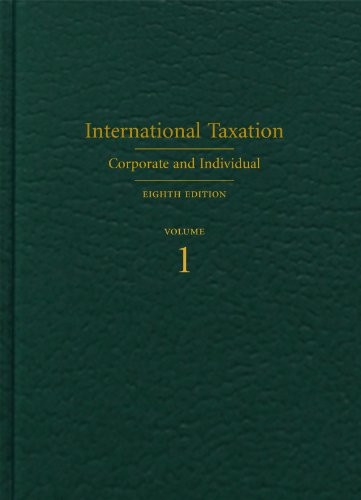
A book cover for International Taxation: Corporate and Individual, Eighth Edition; Philip F. Postlewaite; Law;